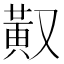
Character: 𪎳